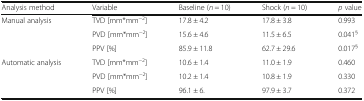
<table><thead><tr><td><b>Analysis method</b></td><td><b>Variable</b></td><td><b>Baseline (<i>n</i> = 10)</b></td><td><b>Shock (<i>n</i> = 10)</b></td><td><b><i>p</i> value</b></td></tr></thead><tbody><tr><td rowspan="3">Manual analysis</td><td>TVD [mm*mm<sup>−2</sup>]</td><td>17.8 ± 4.2</td><td>17.8 ± 3.8</td><td>0.993</td></tr><tr><td>PVD [mm*mm<sup>−2</sup>]</td><td>15.6 ± 4.6</td><td>11.5 ± 6.5</td><td>0.041<sup>§</sup></td></tr><tr><td>PPV [%]</td><td>85.9 ± 11.8</td><td>62.7 ± 29.6</td><td>0.017<sup>§</sup></td></tr><tr><td rowspan="3">Automatic analysis</td><td>TVD [mm*mm<sup>−2</sup>]</td><td>10.6 ± 1.4</td><td>11.0 ± 1.9</td><td>0.460</td></tr><tr><td>PVD [mm*mm<sup>−2</sup>]</td><td>10.2 ± 1.4</td><td>10.8 ± 1.9</td><td>0.330</td></tr><tr><td>PPV [%]</td><td>96.1 ± 6.</td><td>97.9 ± 3.7</td><td>0.372</td></tr></tbody></table>